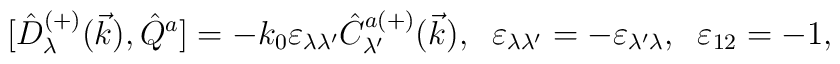
{[}\hat{D}^{(+)}_\lambda(\vec{k}),\hat{Q}^a]=-k_0\varepsilon_{\lambda \lambda'}\hat{C}^{a(+)}_{\lambda'}(\vec{k}),\;\; \varepsilon_{\lambda\lambda'}=-\varepsilon_{\lambda'\lambda},\;\; \varepsilon_{12}=-1,